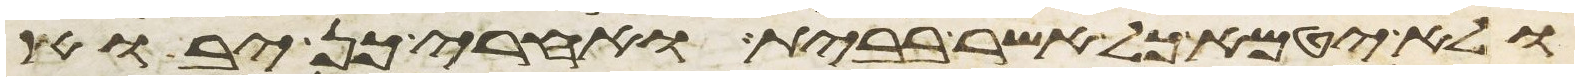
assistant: ולא יטמא כל אשר בבית ואחרי כן יבוא